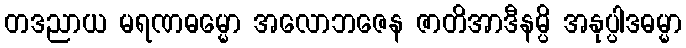
တဒညာယ မရဏဓမ္မော အလောဘဇေန ဇာတိအာဒီနမ္ပိ အနုပ္ပါဒဓမ္မာ